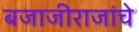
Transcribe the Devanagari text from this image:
बजाजीराजांचे